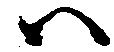
ハ